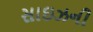
સાઇઝની